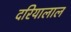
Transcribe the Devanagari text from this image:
दरियालाल